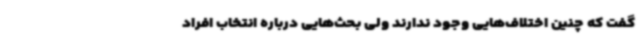
گفت که چنین اختلاف‌هایی وجود ندارند ولی بحث‌هایی درباره انتخاب افراد